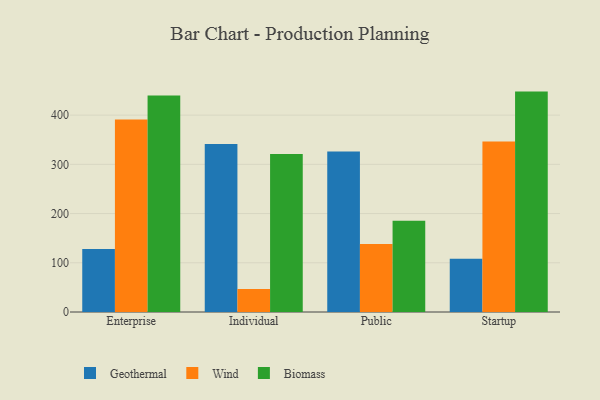
{"axis": {"x": "Segment", "y": "Headcount"}, "legend": ["Biomass", "Geothermal", "Wind"], "data": [{"x": "Enterprise", "y": 128.0, "type": "Geothermal"}, {"x": "Enterprise", "y": 391.2, "type": "Wind"}, {"x": "Enterprise", "y": 439.9, "type": "Biomass"}, {"x": "Individual", "y": 341.3, "type": "Geothermal"}, {"x": "Individual", "y": 46.5, "type": "Wind"}, {"x": "Individual", "y": 321.2, "type": "Biomass"}, {"x": "Public", "y": 326.1, "type": "Geothermal"}, {"x": "Public", "y": 138.0, "type": "Wind"}, {"x": "Public", "y": 185.5, "type": "Biomass"}, {"x": "Startup", "y": 108.1, "type": "Geothermal"}, {"x": "Startup", "y": 346.5, "type": "Wind"}, {"x": "Startup", "y": 447.8, "type": "Biomass"}]}